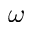
\omega